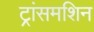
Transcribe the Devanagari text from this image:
ट्रांसमशिन